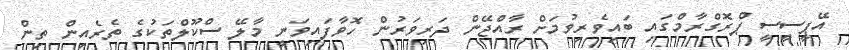
އޭޕީސީސީ ޕްރޮގްރާމްގައި ބައިވެރިވުމަށް ރާއްޖޭން ދަރިވަރުން ހޮވާފައިވަނީ މާލޭ ސްކޫލްތަކުގެ ތެރެއިން ތިން